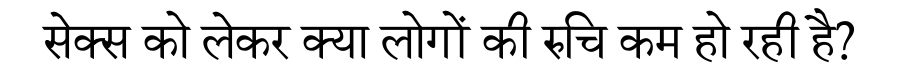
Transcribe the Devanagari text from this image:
सेक्स को लेकर क्या लोगों की रुचि कम हो रही है?